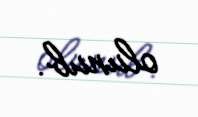
olunub.